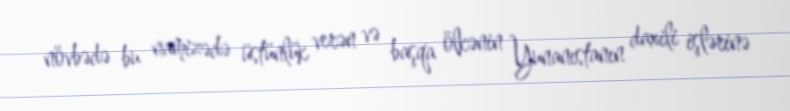
növbədə bu namizədə üstünlük verən və başqa ölkənin Yunanıstanın daxili işlərinə